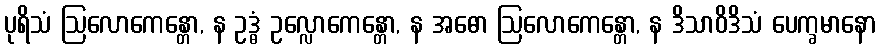
ပုရိသံ ဩလောကေန္တော, န ဥဒ္ဓံ ဥလ္လောကေန္တော, န အဓော ဩလောကေန္တော, န ဒိသာဝိဒိသံ ပေက္ခမာနော